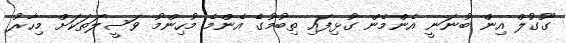
ގޫގުލް އިން ބުނަނީ އެންމެން ގުޅިފައި ތިބުމުގެ އެންމެ މުހިންމު ވަސީލަތަކަށް މިހާރު